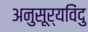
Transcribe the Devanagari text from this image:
अनुसूर्यविंदु